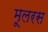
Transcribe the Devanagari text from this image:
मूलरस